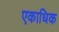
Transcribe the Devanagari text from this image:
एकाधिक